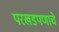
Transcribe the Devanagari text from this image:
परखडपणाचे